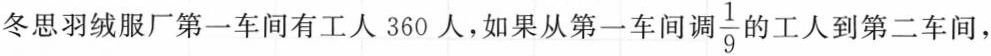
冬思羽绒服厂第一车间有工人360人，如果从第一车间调\frac{1}{9}的工人到第二车间，